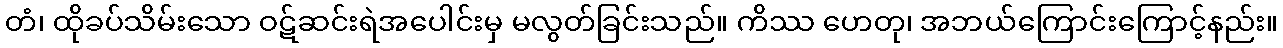
တံ၊ ထိုခပ်သိမ်းသော ဝဋ်ဆင်းရဲအပေါင်းမှ မလွတ်ခြင်းသည်။ ကိဿ ဟေတု၊ အဘယ်ကြောင်းကြောင့်နည်း။